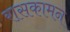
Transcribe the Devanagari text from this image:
रासकामन